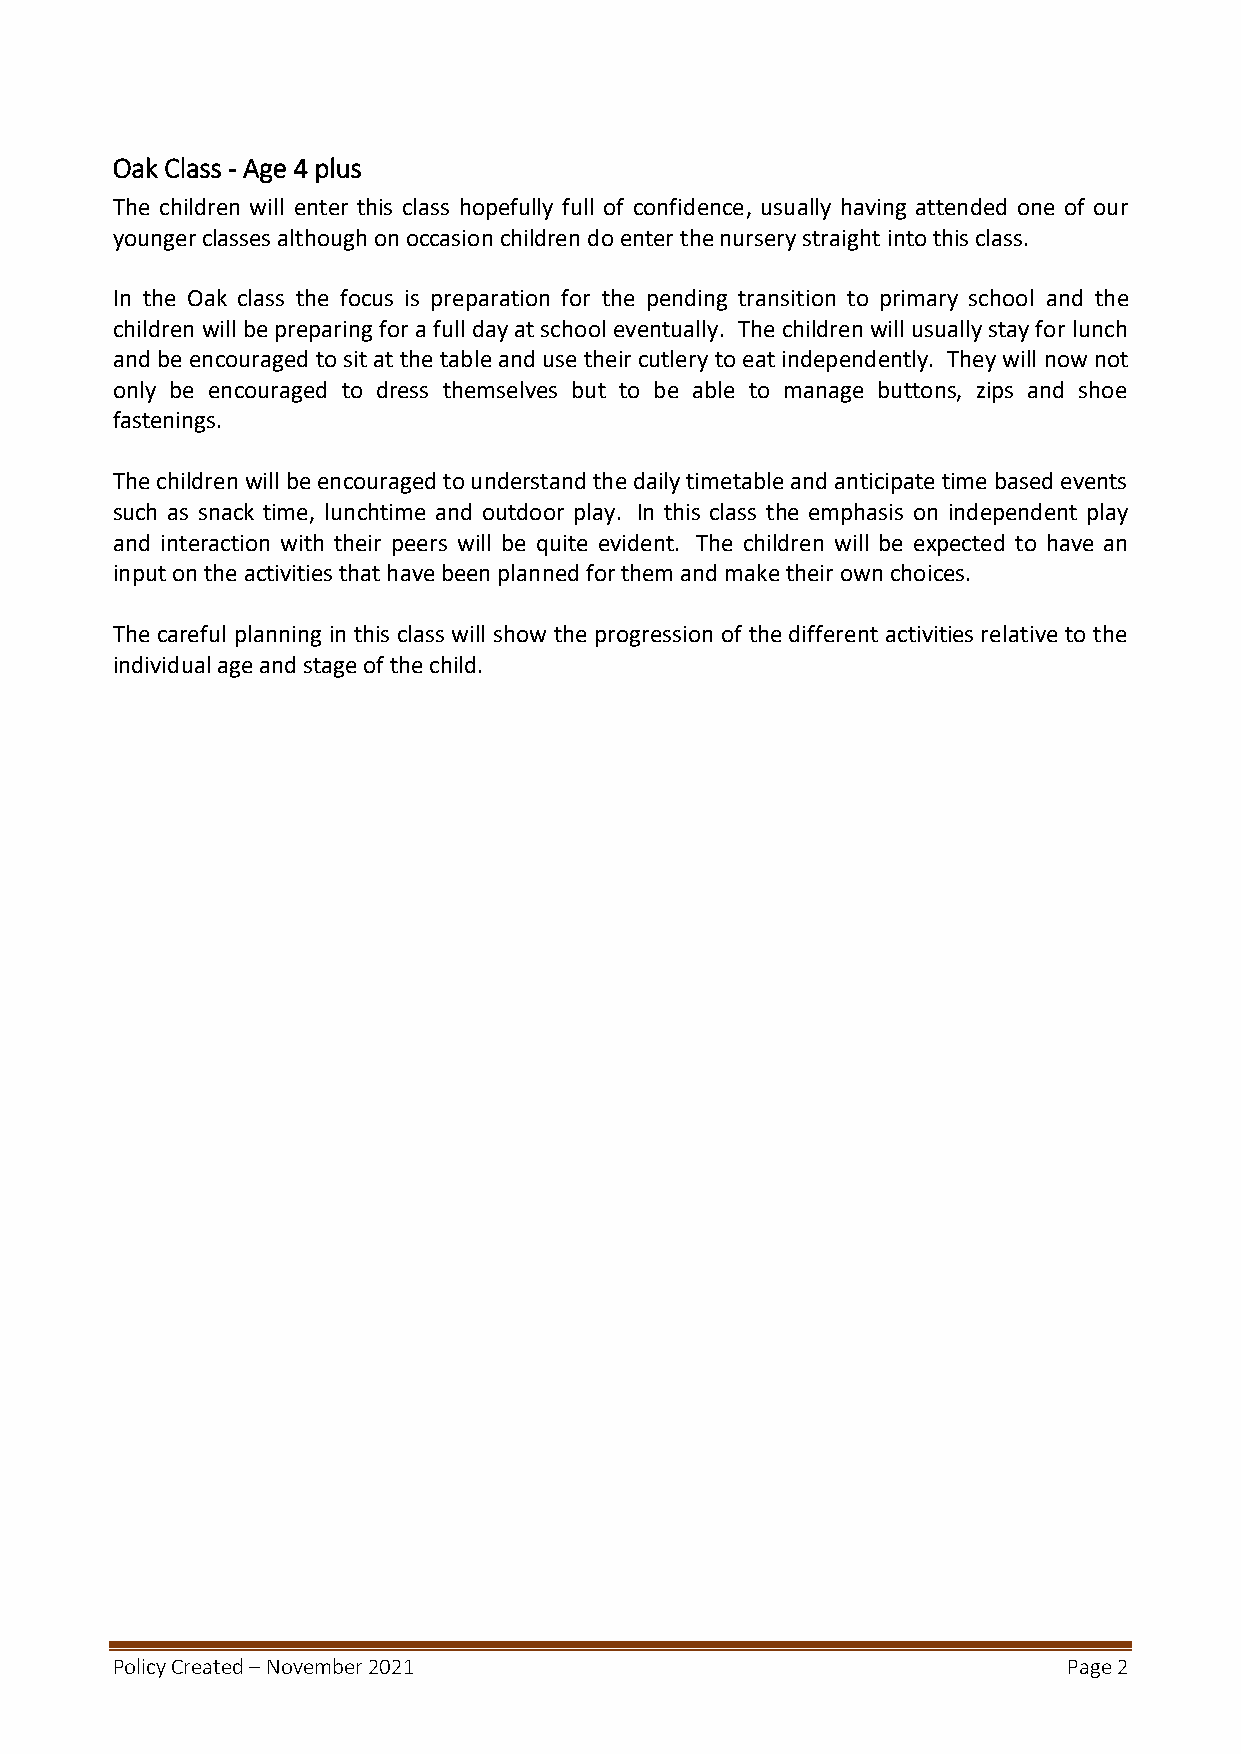
Oak Class - Age 4 plus
 The children will enter this class hopefully full of confidence, usually having attended one of our
 younger classes although on occasion children do enter the nursery straight into this class.
 In the Oak class the focus is preparation for the pending transition to primary school and the
 children will be preparing for a full day at school eventually. The children will usually stay for lunch
 and be encouraged to sit at the table and use their cutlery to eat independently. They will now not
 only be encouraged to dress themselves but to be able to manage buttons, zips and shoe
 fastenings.
 The children will be encouraged to understand the daily timetable and anticipate time based events
 such as snack time, lunchtime and outdoor play. In this class the emphasis on independent play
 and interaction with their peers will be quite evident. The children will be expected to have an
 input on the activities that have been planned for them and make their own choices.
 The careful planning in this class will show the progression of the different activities relative to the
 individual age and stage of the child.
 Policy Created – November 2021                                  Page 2